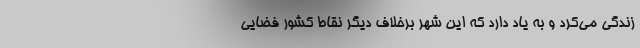
زندگی می‌کرد و به یاد دارد که این شهر برخلاف دیگر نقاط کشور فضایی